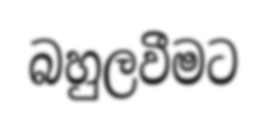
බහුලවීමට